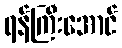
ရန်ကြီးအောင်